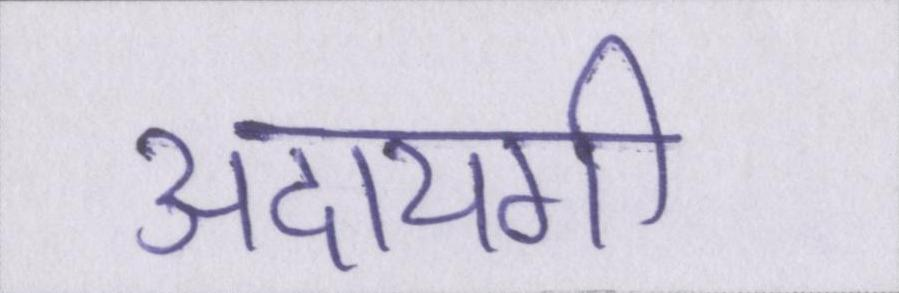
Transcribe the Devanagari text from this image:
अदायगी